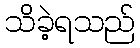
သိခဲ့ရသည်